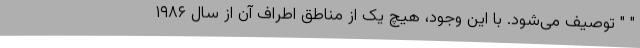
" " توصیف می‌شود. با این وجود، هیچ یک از مناطق اطراف آن از سال ۱۹۸۶